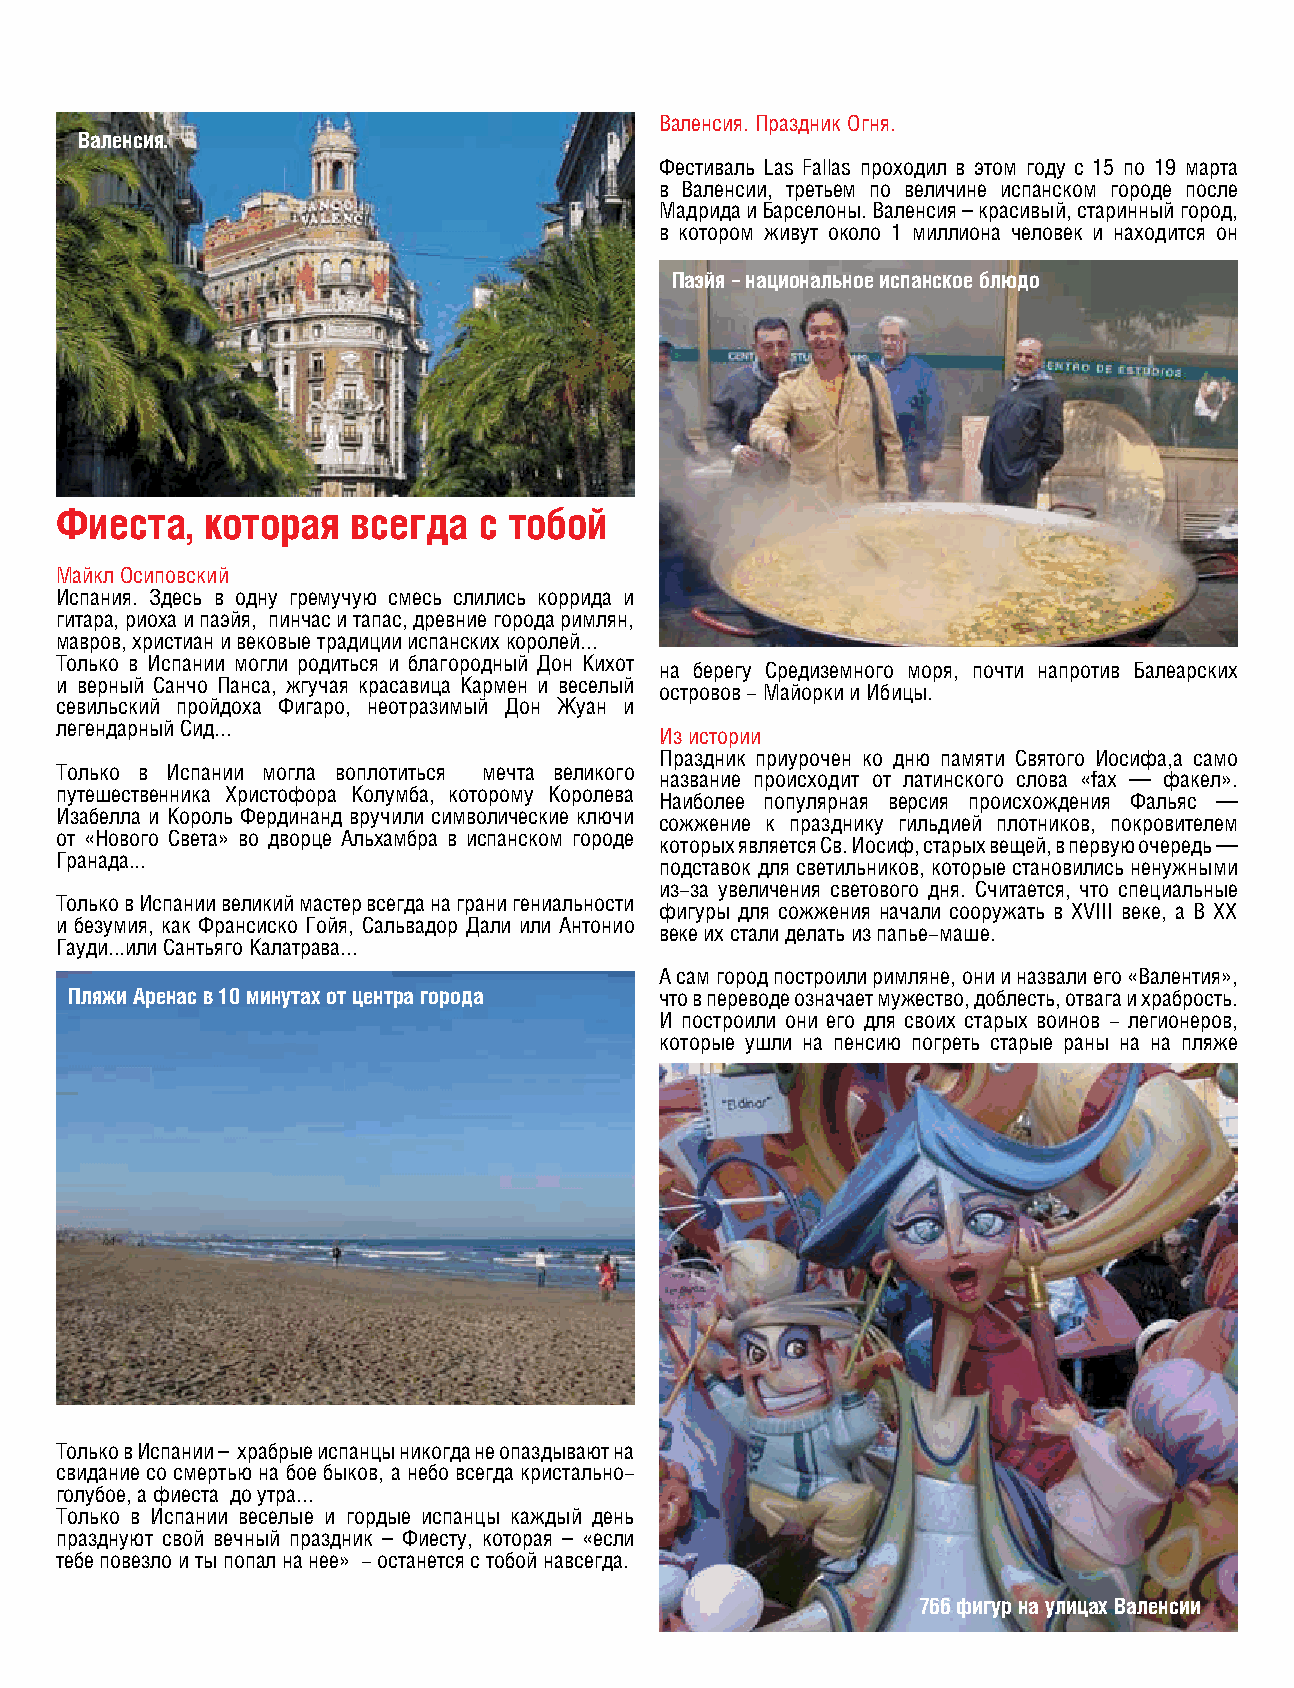
Валенсия. Праздник Огня.
 Валенсия.
 Фестиваль Las Fallas проходил в этом году с 15 по 19 марта
 в Валенсии, третьем по величине испанском городе после
 Мадрида и Барселоны. Валенсия – красивый, старинный город,
 в котором живут около 1 миллиона человек и находится он
 Паэйя – национальное испанское блюдо
 Фиеста,  которая   всегда   с тобой
 Майкл Осиповский
 Испания. Здесь в одну гремучую смесь слились коррида и
 гитара, риоха и паэйя, пинчас и тапас, древние города римлян,
 мавров, христиан и вековые традиции испанских королей...
 Только в Испании могли родиться и благородный Дон Кихот
 на берегу Средиземного моря, почти напротив Балеарских
 и верный Санчо Панса, жгучая красавица Кармен и веселый
 островов - Майорки и Ибицы.
 севильский пройдоха Фигаро, неотразимый Дон Жуан и
 легендарный Сид...
 Из истории
 Праздник приурочен ко дню памяти Святого Иосифа,а само
 Только в Испании могла воплотиться мечта великого
 название происходит от латинского слова «fax — факел».
 путешественника Христофора Колумба, которому Королева
 Наиболее популярная версия происхождения Фальяс —
 Изабелла и Король Фердинанд вручили символические ключи
 сожжение к празднику гильдией плотников, покровителем
 от «Нового Света» во дворце Альхамбра в испанском городе
 которых является Св. Иосиф, старых вещей, в первую очередь —
 Гранада...
 подставок для светильников, которые становились ненужными
 из-за увеличения светового дня. Считается, что специальные
 Только в Испании великий мастер всегда на грани гениальности
 фигуры для сожжения начали сооружать в XVIII веке, а В ХХ
 и безумия, как Франсиско Гойя, Сальвадор Дали или Антонио
 веке их стали делать из папье-маше.
 Гауди...или Сантьяго Калатрава...
 А сам город построили римляне, они и назвали его «Валентия»,
 Пляжи Аренас в 10 минутах от центра города что в переводе означает мужество, доблесть, отвага и храбрость.
 И построили они его для своих старых воинов - легионеров,
 которые ушли на пенсию погреть старые раны на на пляже
 Только в Испании – храбрые испанцы никогда не опаздывают на
 свидание со смертью на бое быков, а небо всегда кристально-
 голубое, а фиеста до утра...
 Только в Испании веселые и гордые испанцы каждый день
 празднуют свой вечный праздник – Фиесту, которая – «если
 тебе повезло и ты попал на нее» - останется с тобой навсегда.
 766 фигур на улицах Валенсии